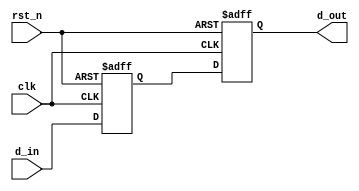
module synchronizer #(parameter WIDTH=3) (
  input wire clk, rst_n,
  input wire [WIDTH:0] d_in,
  output reg [WIDTH:0] d_out
);

  reg [WIDTH:0] q1;

  always @(posedge clk or negedge rst_n) begin
    if (!rst_n) begin
      q1 <= 0;
      d_out <= 0;
    end else begin
      q1 <= d_in;
      d_out <= q1;
    end
  end

endmodule